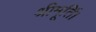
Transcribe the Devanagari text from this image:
श्रीमूर्ति।